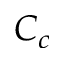
C _ { c }